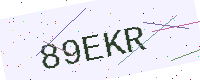
Text: 89EKR